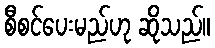
စီစင်ပေးမည်ဟု ဆိုသည်။